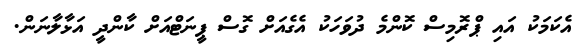
އެކަމަކު އައި ޕްރޮމިސް ކޮންމެ ދުވަހަކު އެގެއަށް ގޮސް ޕީނަޓްއަށް ކާންދީ އަޅާލާނަން.